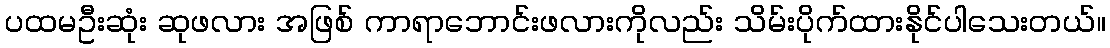
ပထမဦးဆုံး ဆုဖလား အဖြစ် ကာရာဘောင်းဖလားကိုလည်း သိမ်းပိုက်ထားနိုင်ပါသေးတယ်။